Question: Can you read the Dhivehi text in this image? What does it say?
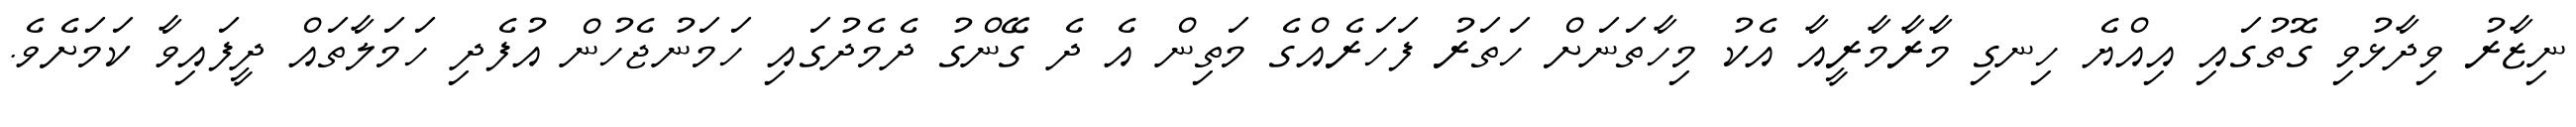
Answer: ނިޒާރު ވިދާޅުވި ގޮތުގައި އިއްޔެ ހިނގި މާރާމާރީއާ އެކު މިހާތަނަށް ހަތަރު ފަހަރެއްގެ މަތިން އެ ދެ ގޭންގު ދެމެދުގައި ހަމަނުޖެހުން އުފެދި ހަމަލާތައް ދީފައިވާ ކަމަށެވެ.